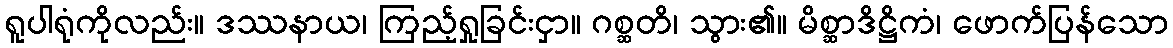
ရူပါရုံကိုလည်း။ ဒဿနာယ၊ ကြည့်ရှုခြင်းငှာ။ ဂစ္ဆတိ၊ သွား၏။ မိစ္ဆာဒိဋ္ဌိကံ၊ ဖောက်ပြန်သော